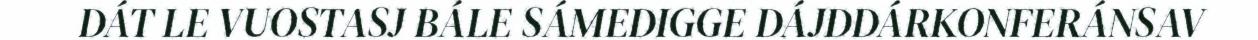
DÁT LE VUOSTASJ BÁLE SÁMEDIGGE DÁJDDÁRKONFERÁNSAV